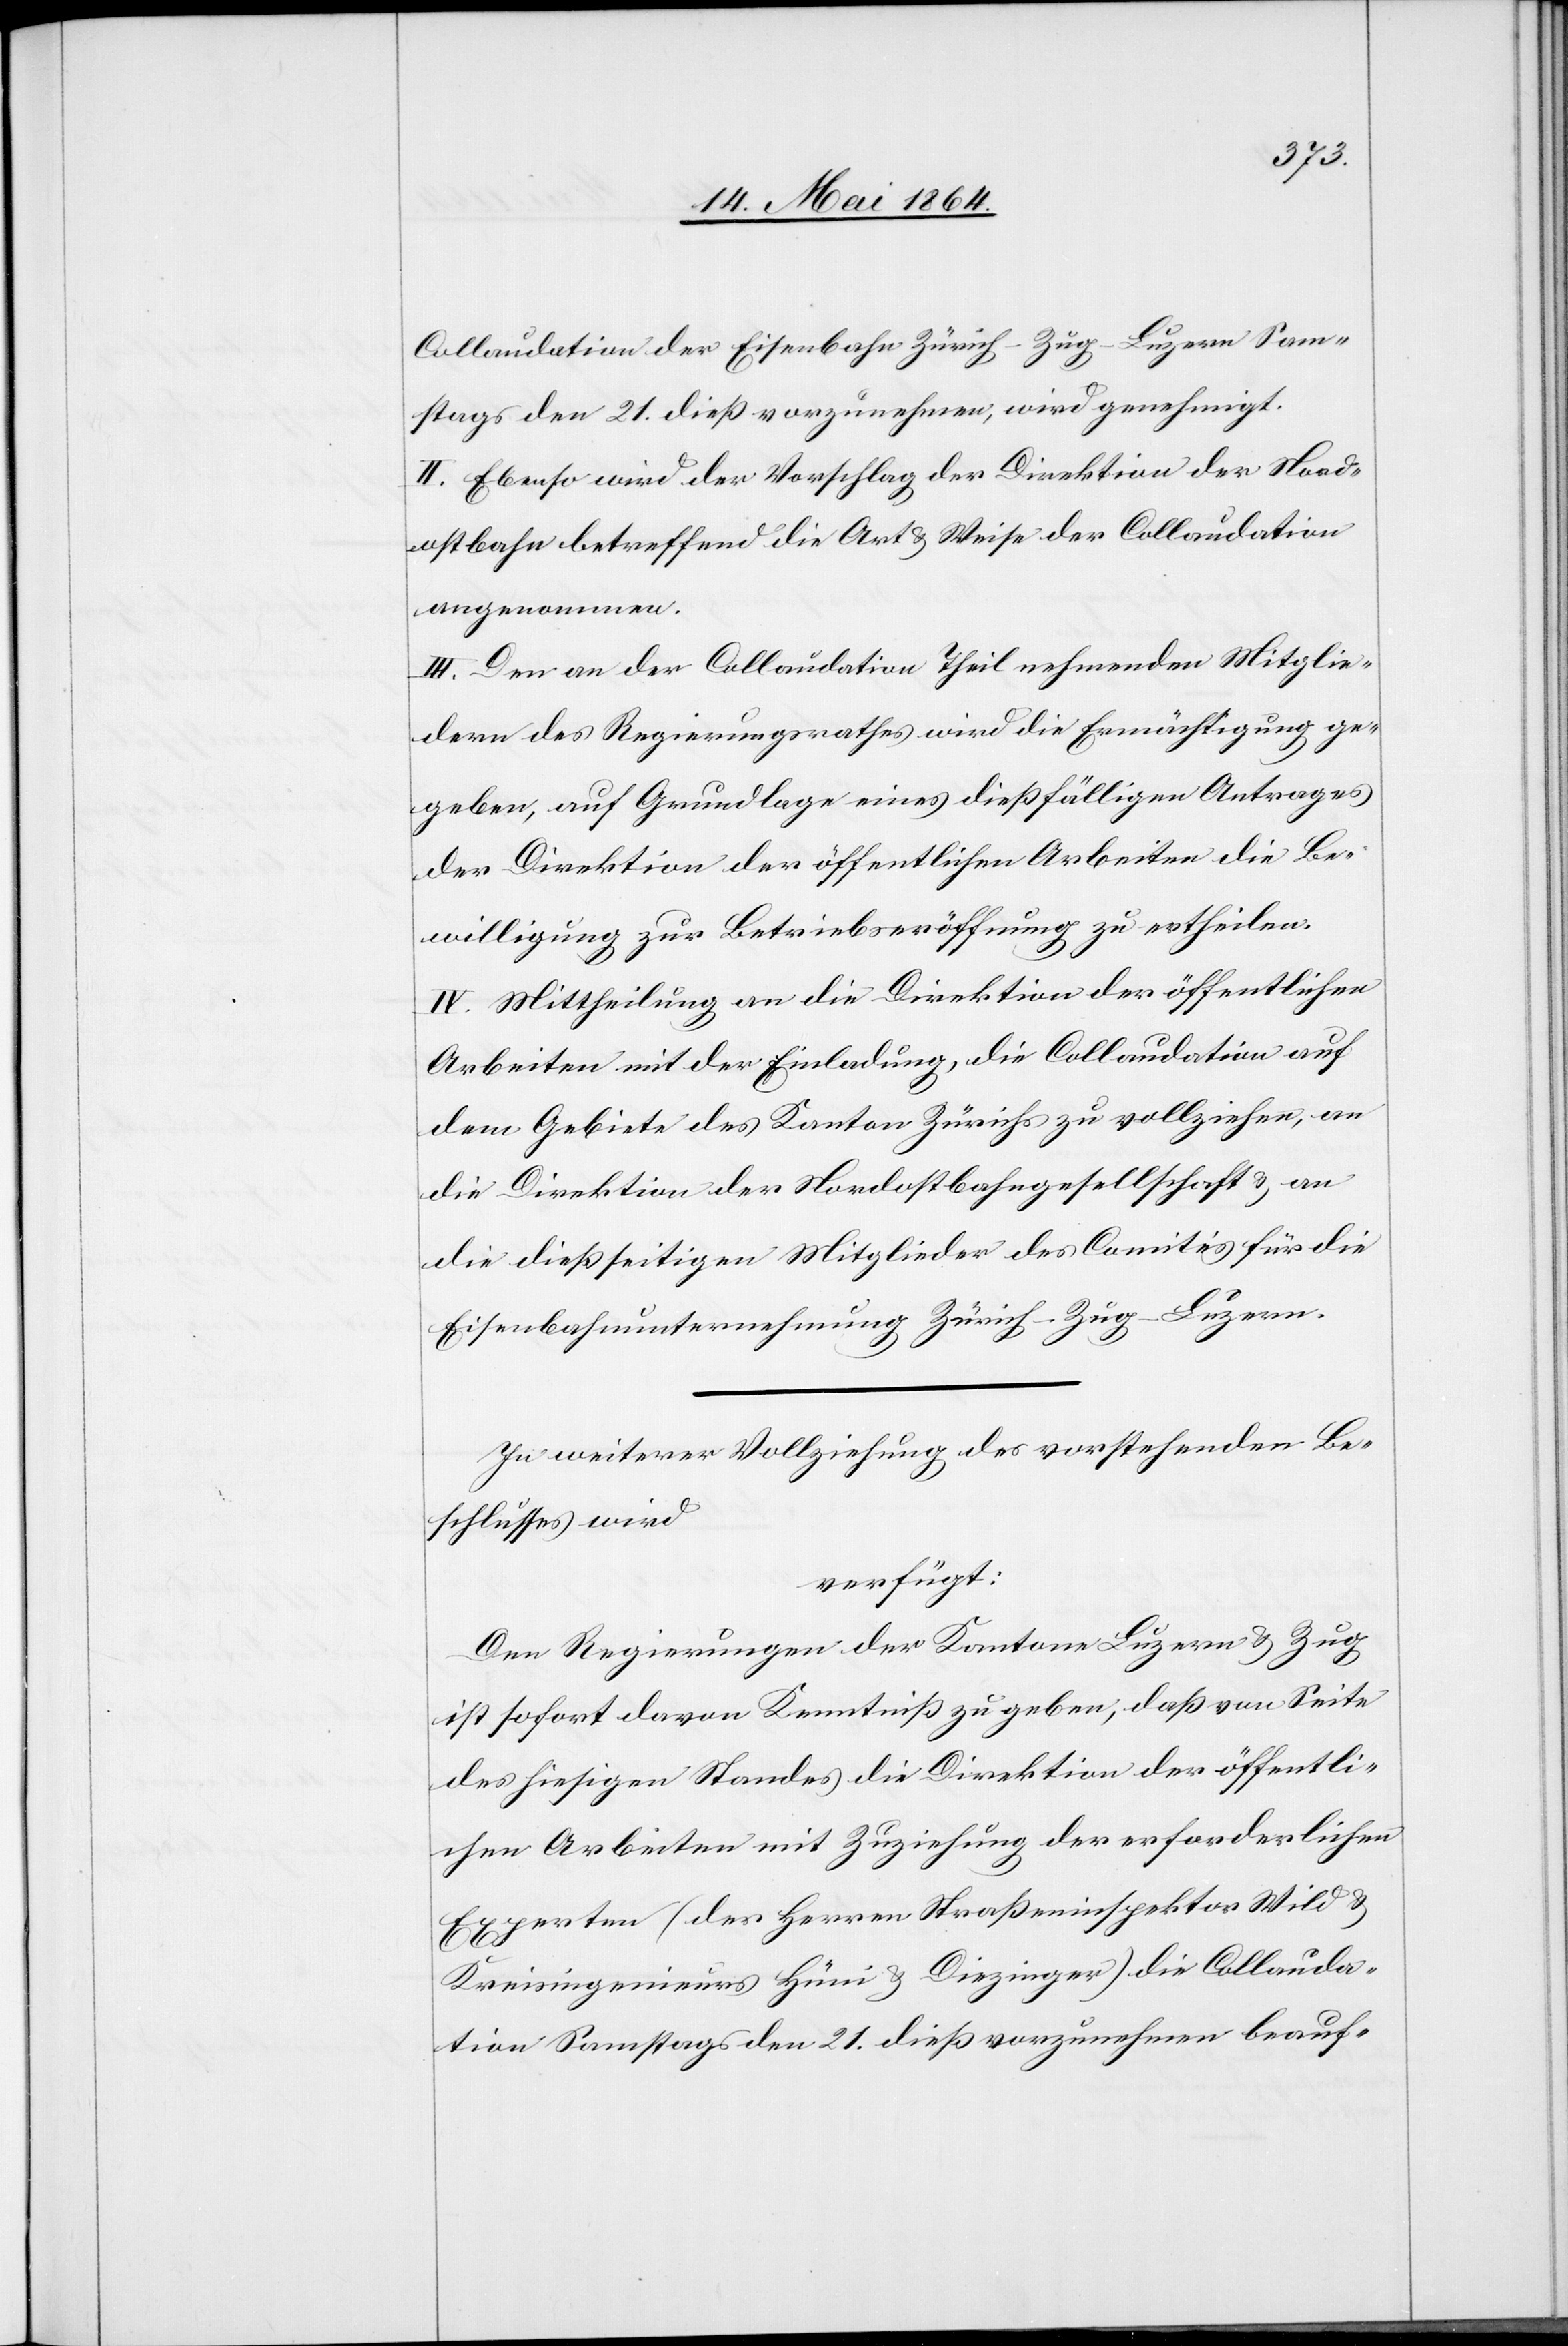
Collaudation der Eisenbahn Zürich–Zug–Luzern Sam¬
stags den 21. dieß vorzunehmen, wird genehmigt.
II. Ebenso wird der Vorschlag der Direktion der Nord¬
ostbahn betreffend die Art u. Weise der Collaudation
angenommen.
III. Den an der Collaudation Theil nehmenden Mitglie¬
dern des Regierungsrathes wird die Ermächtigung ge¬
geben, auf Grundlage eines dießfälligen Antrages
der Direktion der öffentlichen Arbeiten die Be¬
willigung zur Betriebseröffnung zu ertheilen.
IV. Mittheilung an die Direktion der öffentlichen
Arbeiten mit der Einladung, die Collaudation auf
dem Gebiete des Kanton Zürichs zu vollziehen, an
die Direktion der Nordostbahngesellschaft u. an
die dießseitigen Mitglieder des Comités für die
Eisenbahnunternehmung Zürich–Zug–Luzern.
In weiterer Vollziehung des vorstehenden Be¬
schlusses wird
verfügt:
Den Regierungen der Kantone Luzern u. Zug
ist sofort davon Kenntniß zu geben, daß von Seite
des hiesigen Standes die Direktion der öffentli¬
chen Arbeiten mit Zuziehung der erforderlichen
Experten (des Herren Straßeninspektor Wild u.
Kreisingenieurs Hüni u. Diezinger) die Collauda¬
tion Samstags den 21. dieß vorzunehmen beauf-